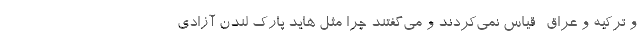
و ترکیه و عراق- قیاس نمی‌کردند و می‌گفتند چرا مثل هاید پارک لندن آزادی